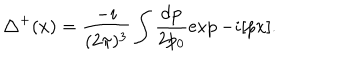
LaTeX: { \triangle } ^ { + } ( x ) = \frac { - i } { ( 2 \pi ) ^ { 3 } } \int \frac { d { \bf p } } { 2 p _ { 0 } } { \exp - i [ p x ] } .